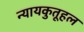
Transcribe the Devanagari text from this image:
न्यायकुतूहल